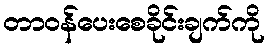
တာဝန်ပေးစေခိုင်းချက်ကို